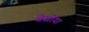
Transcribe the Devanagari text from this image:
बेसोया